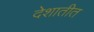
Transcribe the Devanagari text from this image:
देशातीत